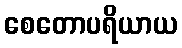
စေတောပရိယာယ